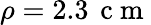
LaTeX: \rho=2.3\, \mathrm{~c~m~}